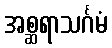
အစ္ဆရာသင်္ဂမံ